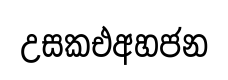
උසකඑඅහජන